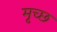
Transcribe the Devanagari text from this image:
मृच्छ